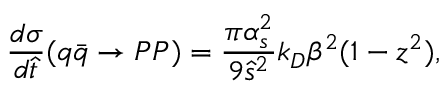
{ \frac { d \sigma } { d \hat { t } } } ( q \bar { q } \to P P ) = { \frac { \pi \alpha _ { s } ^ { 2 } } { 9 \hat { s } ^ { 2 } } } k _ { D } \beta ^ { 2 } ( 1 - z ^ { 2 } ) ,